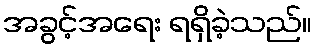
အခွင့်အရေး ရရှိခဲ့သည်။